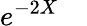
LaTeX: e^{-2{X}}\quad